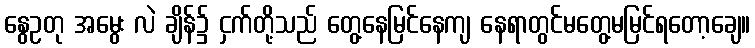
နွေဥတု အမွေး လဲ ချိန်၌ ငှက်တို့သည် တွေ့နေမြင်နေကျ နေရာတွင်မတွေ့မမြင်ရတော့ချေ။